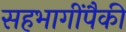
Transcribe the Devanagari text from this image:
सहभागींपैकी